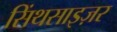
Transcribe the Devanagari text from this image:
सिंथसाइज़र